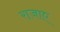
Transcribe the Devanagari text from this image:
राजाए